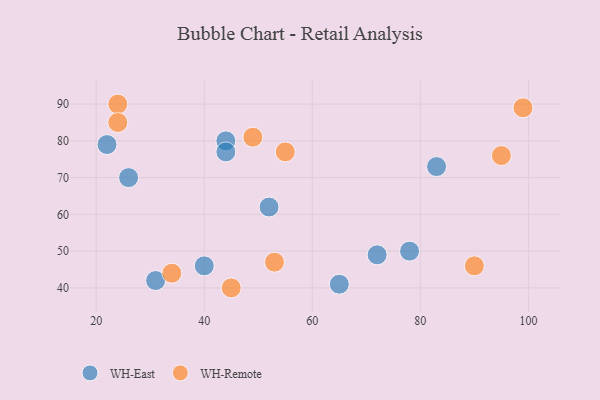
{"axis": {"x": "GDP", "y": "Life Expectancy"}, "legend": ["WH-East", "WH-Remote"], "data": [{"x": "44", "y": 80, "type": "WH-East"}, {"x": "44", "y": 77, "type": "WH-East"}, {"x": "65", "y": 41, "type": "WH-East"}, {"x": "31", "y": 42, "type": "WH-East"}, {"x": "72", "y": 49, "type": "WH-East"}, {"x": "52", "y": 62, "type": "WH-East"}, {"x": "40", "y": 46, "type": "WH-East"}, {"x": "78", "y": 50, "type": "WH-East"}, {"x": "26", "y": 70, "type": "WH-East"}, {"x": "22", "y": 79, "type": "WH-East"}, {"x": "83", "y": 73, "type": "WH-East"}, {"x": "55", "y": 77, "type": "WH-Remote"}, {"x": "53", "y": 47, "type": "WH-Remote"}, {"x": "99", "y": 89, "type": "WH-Remote"}, {"x": "24", "y": 90, "type": "WH-Remote"}, {"x": "90", "y": 46, "type": "WH-Remote"}, {"x": "45", "y": 40, "type": "WH-Remote"}, {"x": "49", "y": 81, "type": "WH-Remote"}, {"x": "24", "y": 85, "type": "WH-Remote"}, {"x": "95", "y": 76, "type": "WH-Remote"}, {"x": "34", "y": 44, "type": "WH-Remote"}]}